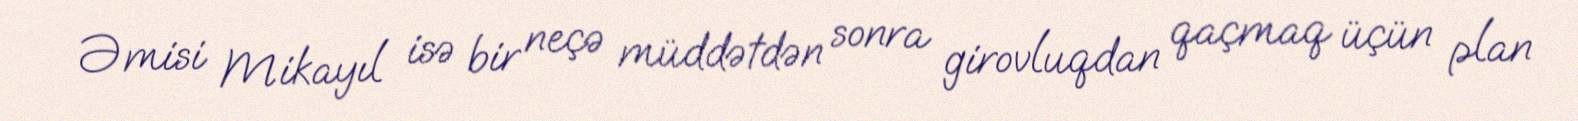
Əmisi Mikayıl isə bir neçə müddətdən sonra girovluqdan qaçmaq üçün plan